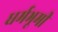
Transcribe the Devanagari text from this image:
धर्मभूमी